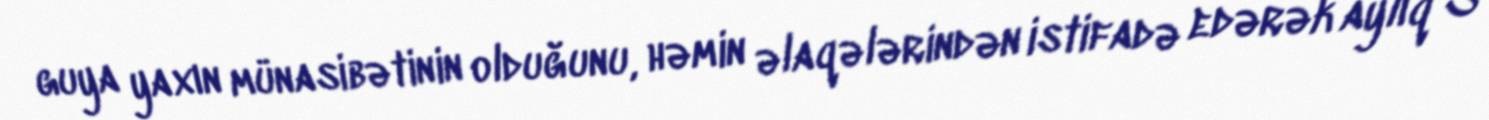
guya yaxın münasibətinin olduğunu, həmin əlaqələrindən istifadə edərək aylıq 3